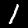
Label: 1